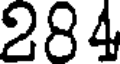
284